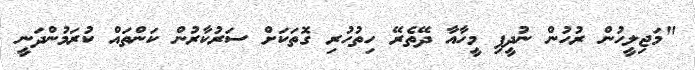
"މަޖިލީހުން ރުހުން ނުދީފި މީހާއާ ދޭތެރޭ ހިތުހުރި ގޮތަކަށް ސަރުކާރުން ކަންތައް ކުރަމުންދަނީ